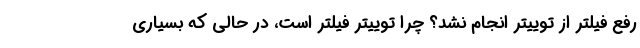
رفع فیلتر از توییتر انجام نشد؟ چرا توییتر فیلتر است، در حالی که بسیاری